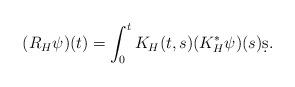
LaTeX: \begin{align*}(R_H\psi)(t)=\int_0^tK_H(t,s)(K_H^*\psi)(s)\d s.\end{align*}